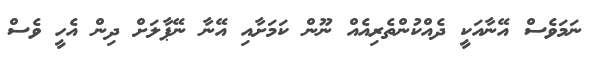
ނަމަވެސް އޭނާއަކީ ދެއްކުންތެރިއެއްް ނޫން ކަމަށާއި އޭނާ ނޭޕާލަށް ދިން އެެހީ ވެސް